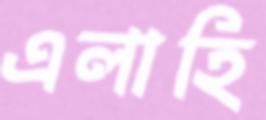
এলাহি